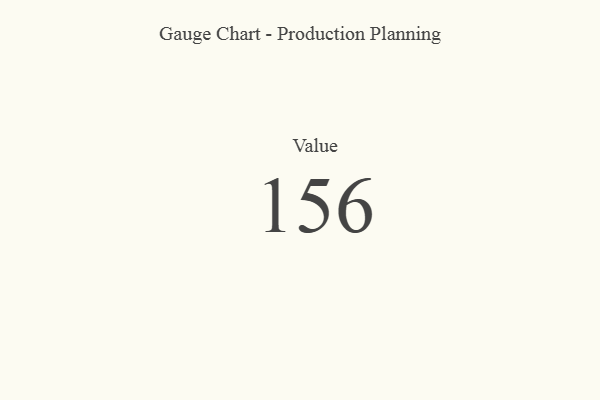
{"axis": {"x": "Metric", "y": "Value"}, "legend": [""], "data": [{"x": "Value", "y": 156, "type": ""}]}